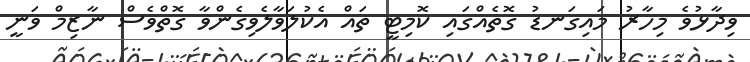
ވިދާޅުވެ މިހާރު މައިގަނޑު ގޮތެއްގައި ކޮމިޓީ ތައް އެކުލަވާލެވިގެންވާ ގޮތްވެސް ނާޒިމް ވަނީ